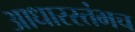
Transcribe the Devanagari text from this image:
आधारस्तंभच